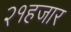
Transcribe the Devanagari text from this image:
२१हजार